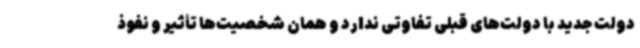
دولت جدید با دولت‌های قبلی تفاوتی ندارد و همان شخصیت‌ها تأثیر و نفوذ